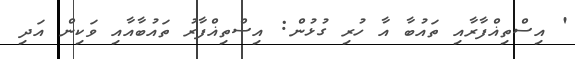
' އިސްތިޣްފާރާއި ތައުބާ އާ ހުރި ގުޅުން: އިސްތިޣްފާރު ތައުބާއާއި ވަކިން އަދި